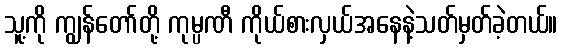
သူ့ကို ကျွန်တော်တို့ ကုမ္ပဏီ ကိုယ်စားလှယ်အနေနဲ့သတ်မှတ်ခဲ့တယ်။